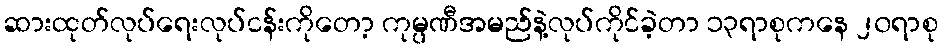
ဆားထုတ်လုပ်ရေးလုပ်ငန်းကိုတော့ ကုမ္ပဏီအမည်နဲ့လုပ်ကိုင်ခဲ့တာ ၁၃ရာစုကနေ ၂၀ရာစု